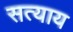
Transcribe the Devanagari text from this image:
सत्याय